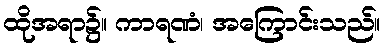
ထိုအရာ၌။ ကာရဏံ၊ အကြောင်းသည်။